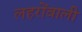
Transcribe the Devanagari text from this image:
लहरोंवाली